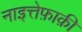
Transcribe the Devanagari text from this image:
नाइत्तेफ़ाक़ी